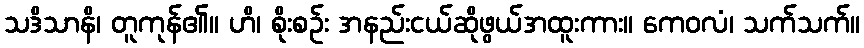
သဒိသာနိ၊ တူကုန်၏။ ဟိ၊ စိုးစဉ်း အနည်းငယ်ဆိုဖွယ်အထူးကား။ ကေဝလံ၊ သက်သက်။